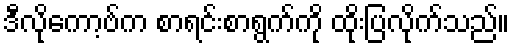
ဒီလိုကော့ဗ်က စာရင်းစာရွက်ကို ထိုးပြလိုက်သည်။